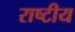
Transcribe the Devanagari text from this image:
राष्‍टीय